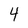
Character: 4